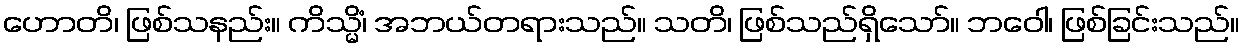
ဟောတိ၊ ဖြစ်သနည်း။ ကိသ္မိံ၊ အဘယ်တရားသည်။ သတိ၊ ဖြစ်သည်ရှိသော်။ ဘဝေါ၊ ဖြစ်ခြင်းသည်။